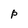
Character: p